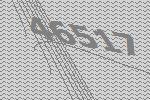
46517